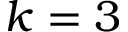
k = 3